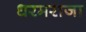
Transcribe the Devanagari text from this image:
धरमराजा